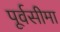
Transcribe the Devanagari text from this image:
पूर्वसीमा